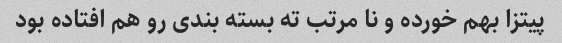
پیتزا بهم خورده و نا مرتب ته بسته بندی رو هم افتاده بود